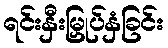
ရင်းနှီးမြှုပ်နှံခြင်း